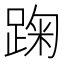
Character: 踘